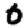
Digit: 0